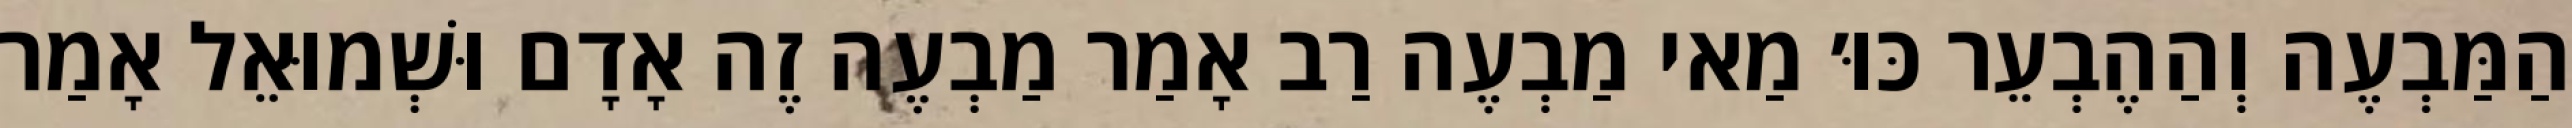
הַמַּבְעֶה וְהַהֶבְעֵר כּוּ׳ מַאי מַבְעֶה רַב אָמַר מַבְעֶה זֶה אָדָם וּשְׁמוּאֵל אָמַר